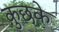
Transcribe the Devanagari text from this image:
कुछके